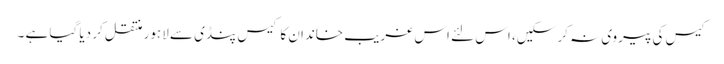
کیس کی پیروی نہ کر سکیں، اس لئے اس غریب خاندان کا کیس پنڈی سے لاہور منتقل کر دیا گیا ہے ۔